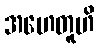
အဟေတူဟိ